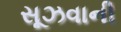
સૂઝવાની